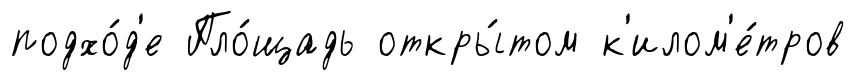
подхо́д'е Пло́щадь откры́том к'илом'е́тров